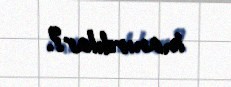
inanırdılar?.